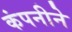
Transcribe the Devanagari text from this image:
कंपनीने